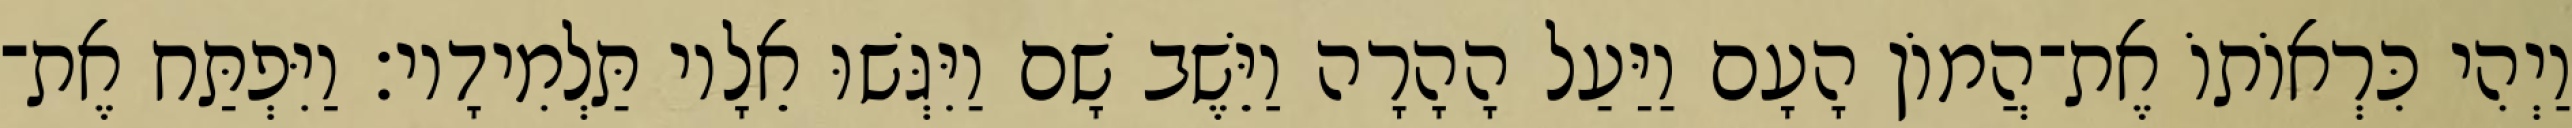
וַיְהִי כִּרְאוֹתוֹ אֶת־הֲמוֹן הָעָם וַיַּעַל הָהָרָה וַיֵּשֶׁב שָׁם וַיִּגְּשׁוּ אֵלָיו תַּלְמִידָיו׃ וַיִּפְתַּח אֶת־